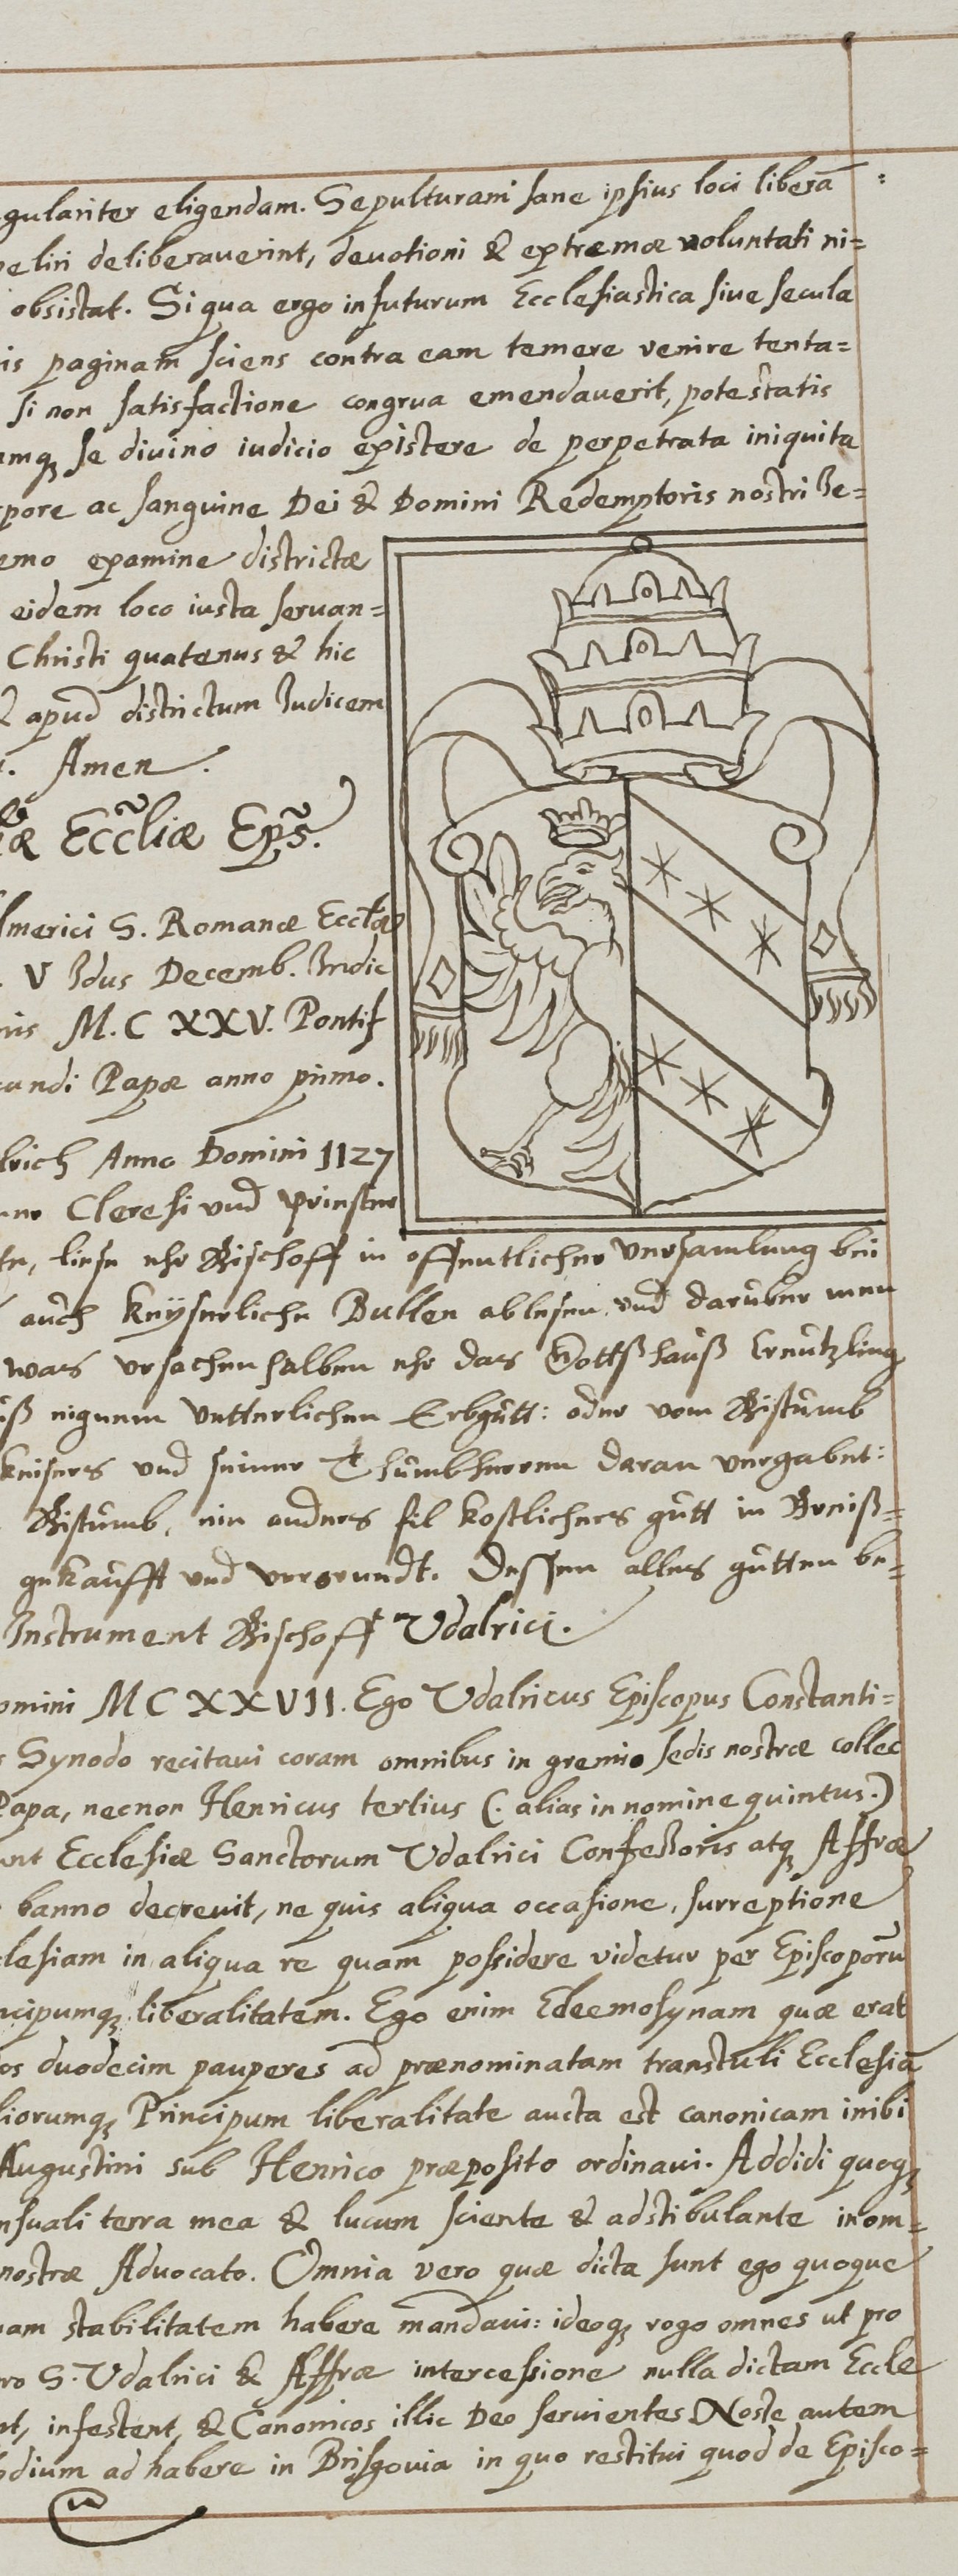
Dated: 1626–1656